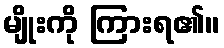
မျိုးကို ကြားရ၏။